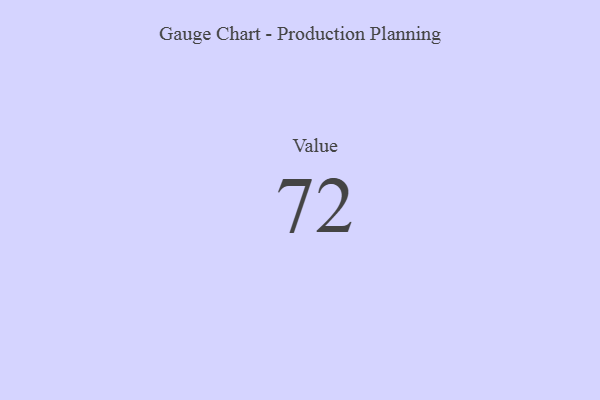
{"axis": {"x": "Metric", "y": "Value"}, "legend": [""], "data": [{"x": "Value", "y": 72, "type": ""}]}